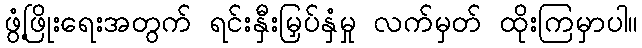
ဖွံ့ဖြိုးရေးအတွက် ရင်းနှီးမြှပ်နှံမှု လက်မှတ် ထိုးကြမှာပါ။